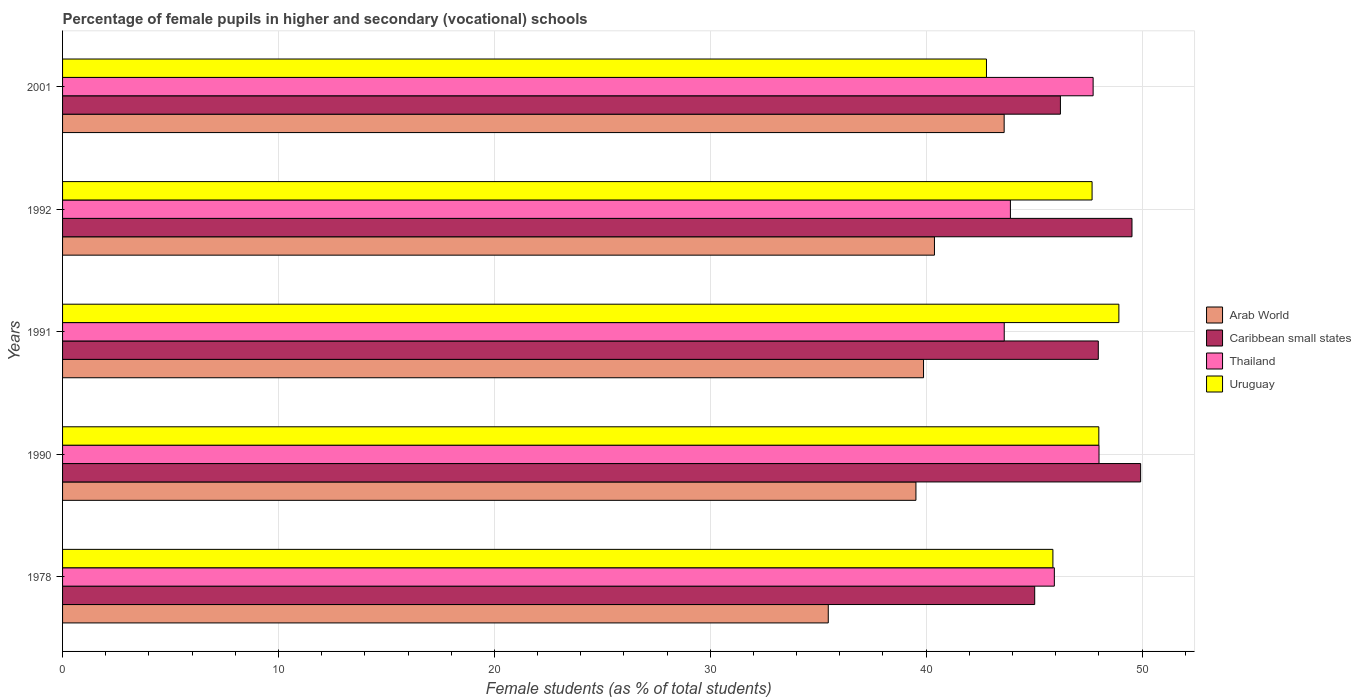
| Years | Arab World | Caribbean small states | Thailand | Uruguay |
 | --- | --- | --- | --- | --- |
 | 1978 | 35.5 | 45 | 45.9 | 45.9 |
 | 1990 | 39.5 | 49.9 | 48 | 48 |
 | 1991 | 39.9 | 48 | 43.6 | 48.9 |
 | 1992 | 40.4 | 49.5 | 43.9 | 47.7 |
 | 2001 | 43.6 | 46.2 | 47.7 | 42.8 |